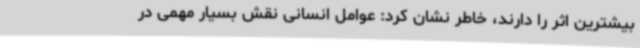
بیشترین اثر را دارند، خاطر نشان کرد: عوامل انسانی نقش بسیار مهمی در